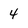
Character: 4